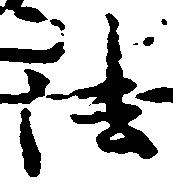
法